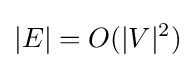
|E|=O(|V|^{2})